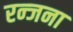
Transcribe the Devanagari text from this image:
रन्जना